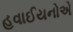
હવાઈયનોએ